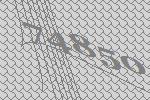
74850